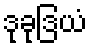
ဒုခုဒြယံ